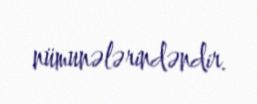
nümunələrindəndir.